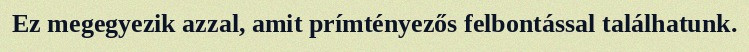
Ez megegyezik azzal, amit prímtényezős felbontással találhatunk.